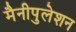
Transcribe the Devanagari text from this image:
मैनीपुलेशन